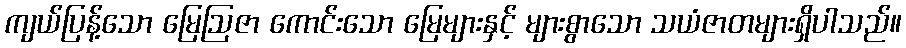
ကျယ်ပြန့်သော မြေဩဇာ ကောင်းသော မြေများနှင့် များစွာသော သယံဇာတများရှိပါသည်။